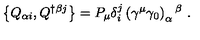
\left\{ Q _ { \alpha i } , Q ^ { \dagger \beta j } \right\} = P _ { \mu } \delta _ { i } ^ { j } \left( \gamma ^ { \mu } \gamma _ { 0 } \right) _ { \alpha } { } ^ { \beta } \ .